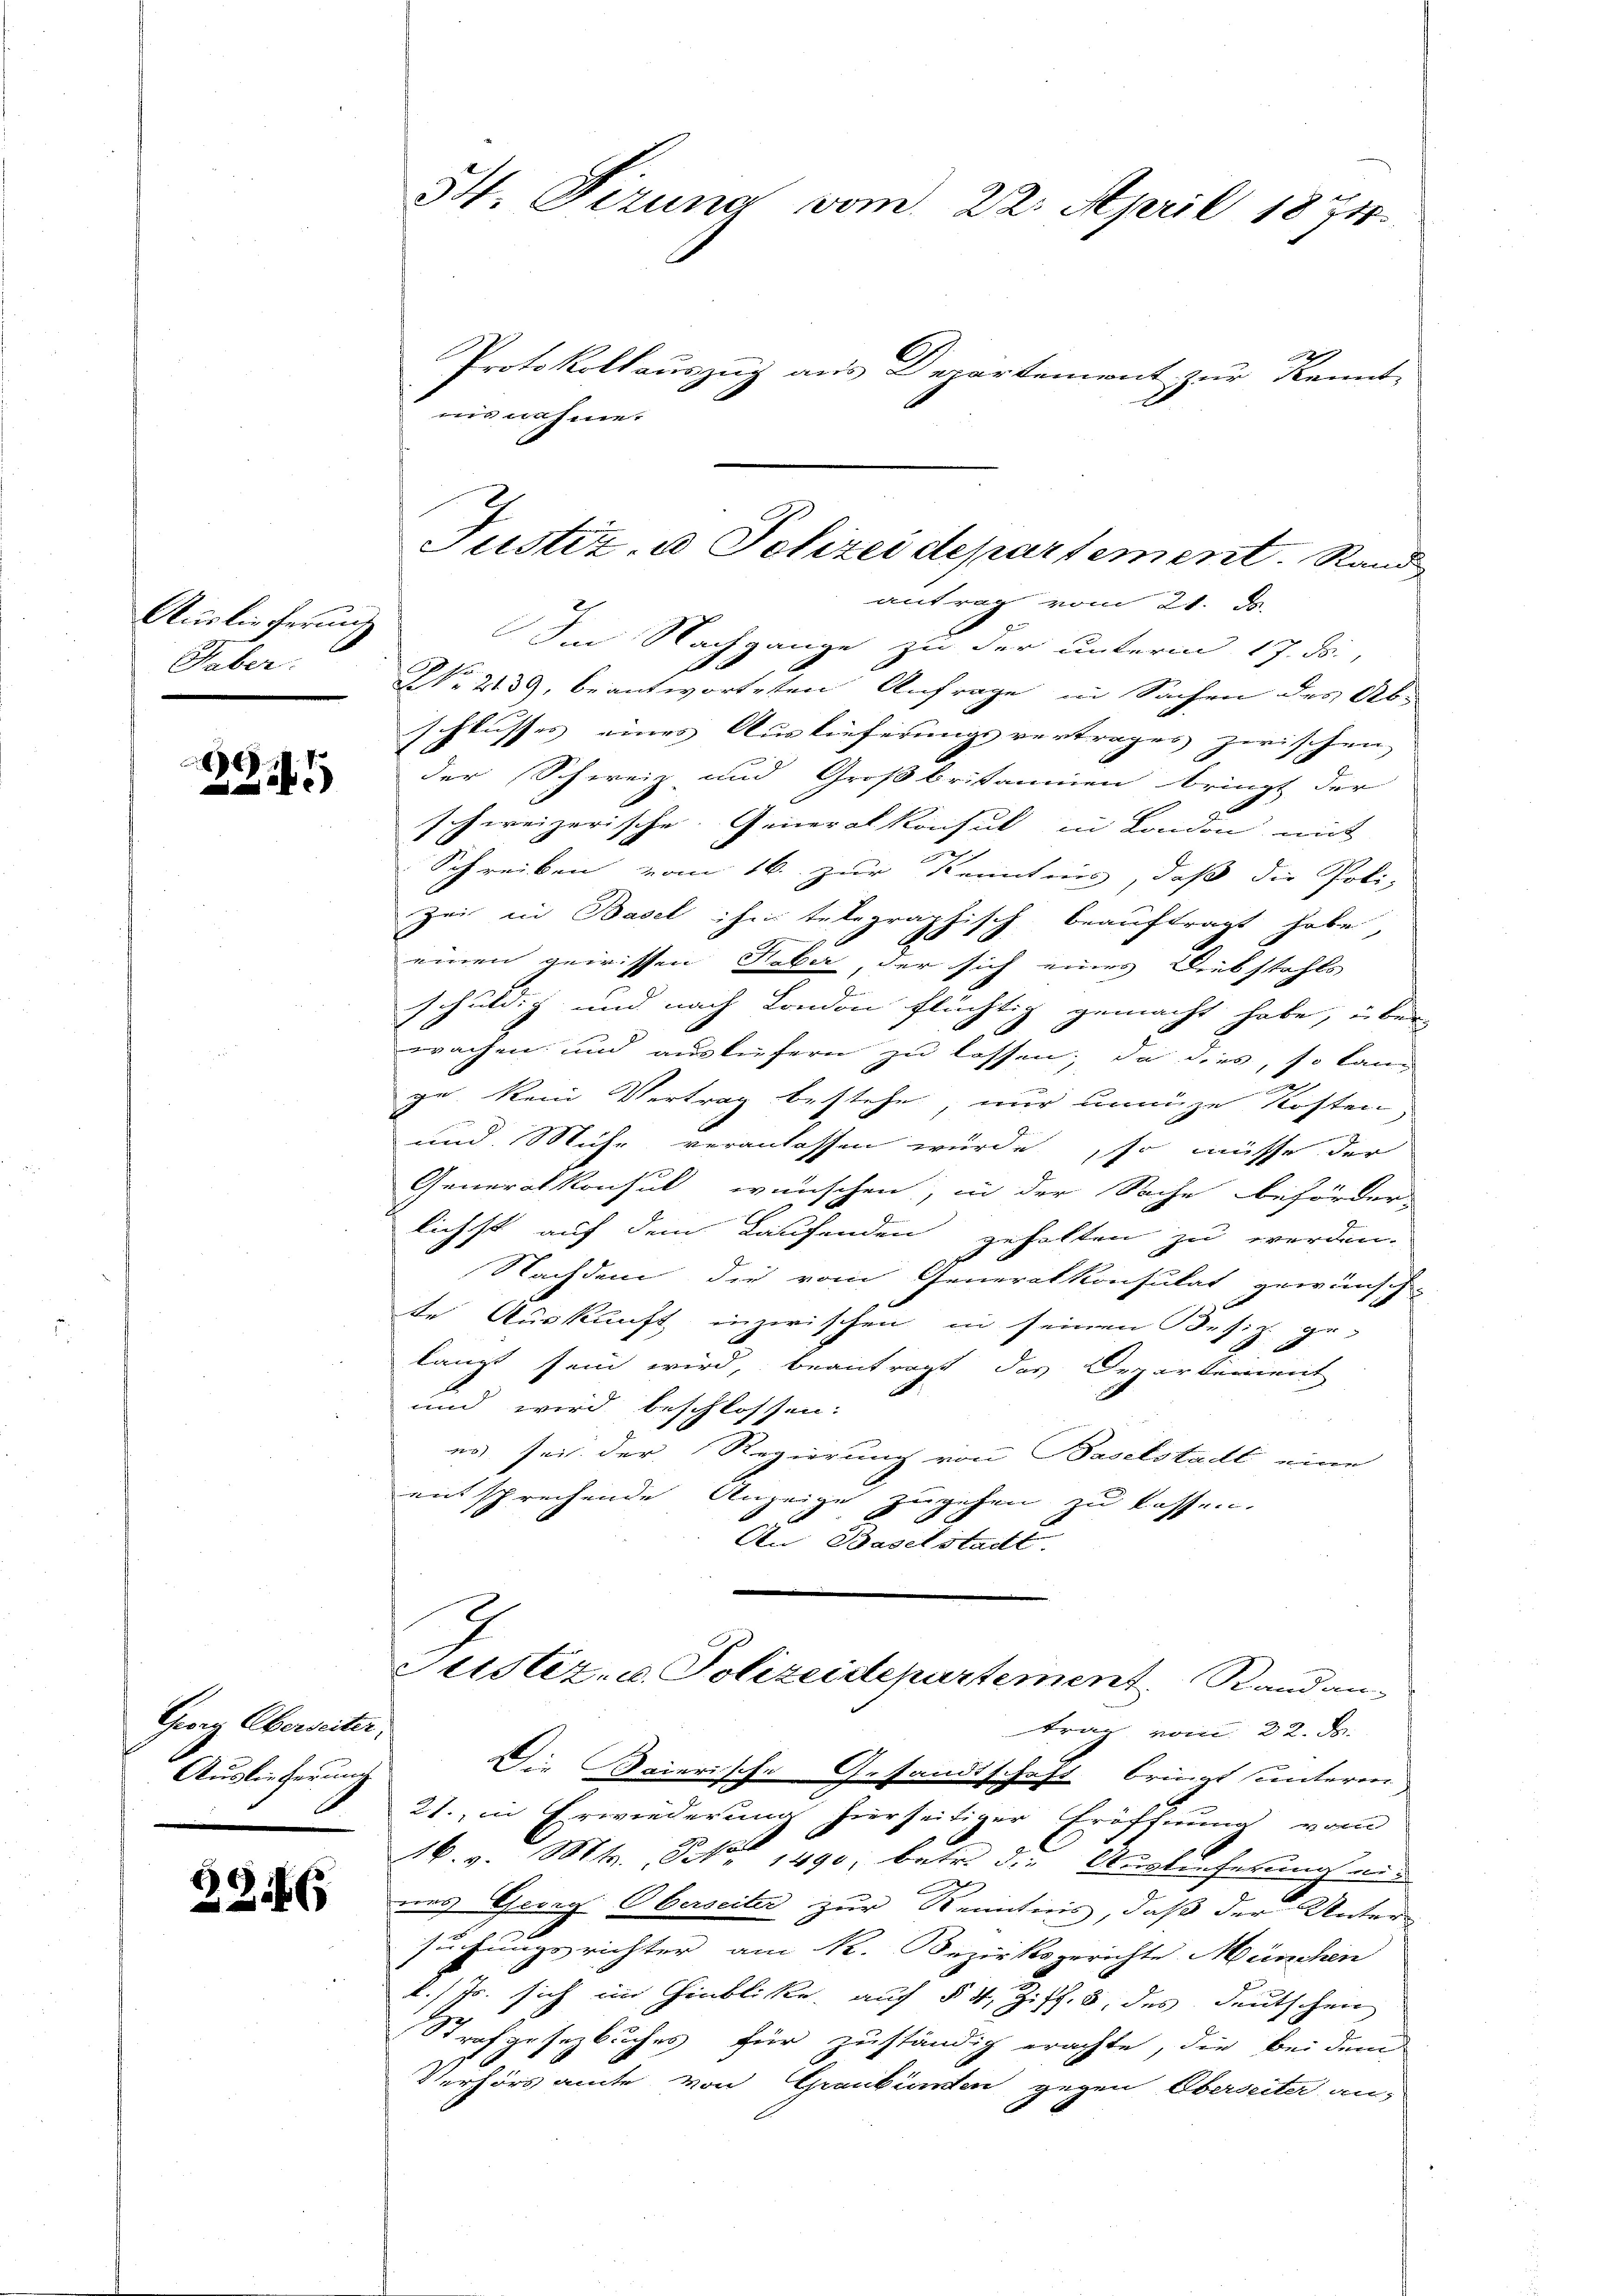
Ausliecherung
Haber:

.

Gerrn Oberseiter,
Auslieferung

2246

2
Protokollauszug aus Departement zur Kennt-
iis nahme.
schlusses eines Auslieferungsvertrages zwischen |
der Schweiz und Großbritanien bringt der
schweizerische Generalkonsul in London mit
Schreiben vom 16. zur Kenntnis, daß die Poli¬
Zeit in Basel ihm telegraphisch beauftragt habe,
einen gewissen Feber, der sich eines Diebstahls
e
schuldig und nach Lamon flüchtig gemacht habe, über
wachen und ausliefern zu lassen; da dies, so kann
ge kein Vertrag bestehe nur unnüze Kosten
und Mühe veranlassen wurde, so müsse der
Generalkonsul wünschen, in der Sache behörder
lichst auf dem Laufenden gehalten zu werden.
Nachdem die vom Generalkonsulat gewünsch
te Auskunft inzwischen in seinen Besiz ge-
langt sein wird, beantragt, das Departement
und wird beschlossen:
es sei der Regierung von Baselstadt eine
mitsprechende Anzeige zugehen zu lassen.
An Baselstadt

H. Firung vom 22. April 1874.

Justiz, u. Polizei departement. Rand
antrag vom 21. ds.
Im Nachgange zu der unterm 17. ds.,
e
NNo. 2139, beantworteten Anfrage in Sachen der Ab-

Justiz- u. Polizeidepartement. Stand an-

trag vom 22. ds.
Die Baierische Gesandtschaft bringt unterm
21., in Erwiederung hierseitiger Eröffnung vom
M. v. Mts. NNo. 1490, betr. die Auslieferung ein
d
nes Georg Oberseiter zur Kenntnis, daß der Unter-
suchungsrichter am k. Bezirksgerichte München
l. Js. sich im Hinblicke auf § 4, Ziff. 5, des deutschen
Strafgesezbuches für zuständig erachte, die bei dem
Verhöramte von Graubünden gegen Oberseiter an-